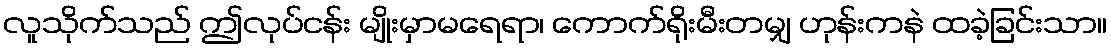
လူသိုက်သည် ဤလုပ်ငန်း မျိုးမှာမရေရာ၊ ကောက်ရိုးမီးတမျှ ဟုန်းကနဲ ထခဲ့ခြင်းသာ။